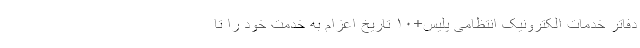
دفاتر خدمات الکترونیک انتظامی پلیس+۱۰ تاریخ اعزام به خدمت خود را تا